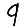
Digit: 9